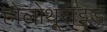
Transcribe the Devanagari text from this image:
होलोथूराइड